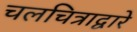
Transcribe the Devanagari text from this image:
चलचित्राद्वारे